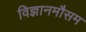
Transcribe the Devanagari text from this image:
विज्ञानमौसम